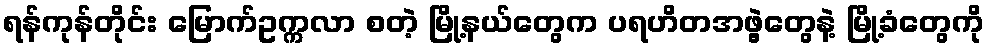
ရန်ကုန်တိုင်း မြောက်ဥက္ကလာ စတဲ့ မြို့နယ်တွေက ပရဟိတအဖွဲ့တွေနဲ့ မြို့ခံတွေကို